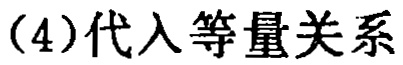
（4）代入等量关系